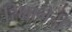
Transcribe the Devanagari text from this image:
रिक्षानेही